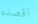
اقصده